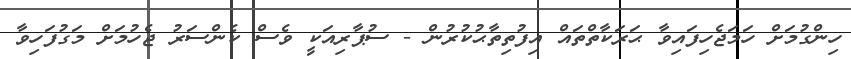
ހިންގުމަށް ހަމަޖެހިފައިވާ ޙަރަކާތްތައް އިފުތިތާޙުކުރުން - ސުޕާރިއަކީ ވެސް ކެންސަރު ޖެހުމަށް މަގުފަހިވާ